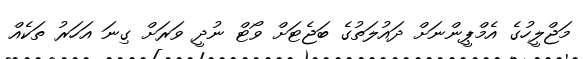
މަޖްލީހުގެ އެމްޕީންނަށް ދައުލަތުގެ ބަޖެޓަށް ވޯޓް ނުދީ ވަރަށް ގިނަ އަހަރު ތަކެއް